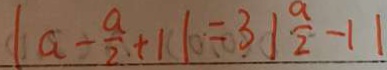
\vert a - \frac { a } { 2 } + 1 \vert = 3 \vert \frac { a } { 2 } - 1 \vert